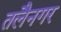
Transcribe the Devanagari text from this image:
तलैनगर